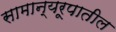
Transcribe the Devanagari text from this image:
सामान्यरूपातील